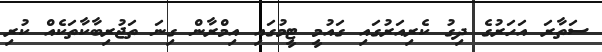
ސަތާރަ އަހަރުގެ ދިގު ކެރިއަރުގައި ގައުމީ ޓީމުގައި އިމްރާން ގިނަ ތަޖުރިބާކާތަކެއް ކުރި